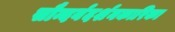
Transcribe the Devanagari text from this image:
सौन्दर्यदर्शनकारिका